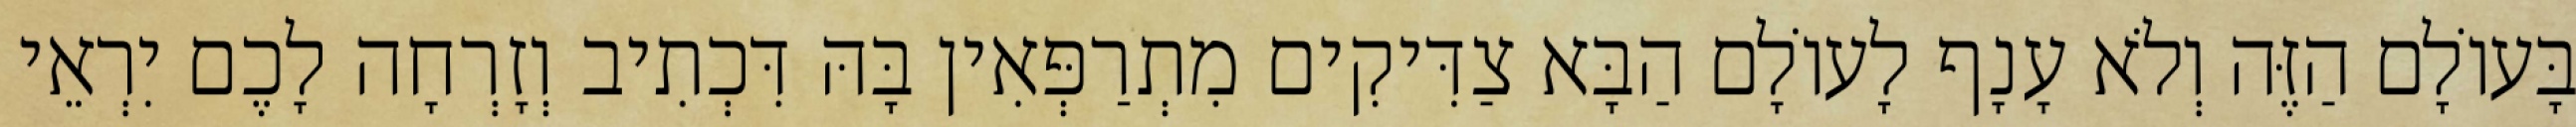
בָּעוֹלָם הַזֶּה וְלֹא עָנָף לָעוֹלָם הַבָּא צַדִּיקִים מִתְרַפְּאִין בָּהּ דִּכְתִיב וְזָרְחָה לָכֶם יִרְאֵי